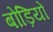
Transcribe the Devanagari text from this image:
बोड़ियों